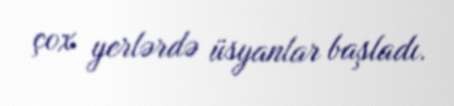
çox yerlərdə üsyanlar başladı.